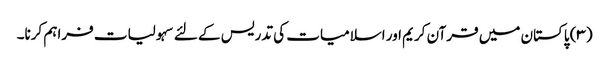
(۳) پاکستان میں قرآن کریم اور اسلامیات کی تدریس کے لئے سہولیات فراہم کرنا۔